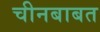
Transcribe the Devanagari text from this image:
चीनबाबत